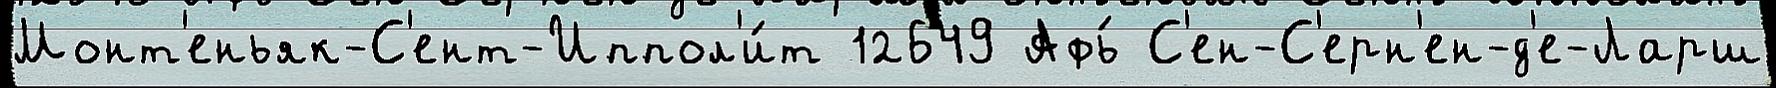
Монт'еньяк-С'ент-Иппол'и́т 12649 Афь́ С'ен-С'ерн'ен-д'е-Ларш